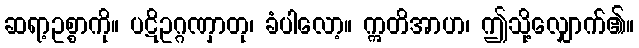
ဆရာ့ဥစ္စာကို။ ပဋိဥဂ္ဂဏှာတု၊ ခံပါလော့။ ဣတိအာဟ၊ ဤသို့လျှောက်၏။